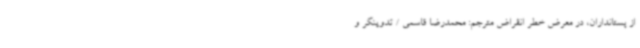
از پستانداران، در معرض خطر انقراض مترجم: محمدرضا قاسمی / تدوینگر و